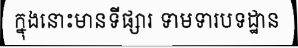
ក្នុងនោះមានទីផ្សារ ទាមទារបទដ្ឋាន